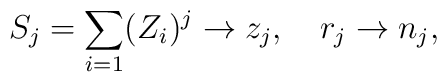
S_j= \sum _{i=1} (Z_i)^j \rightarrow z_j ,~~~r_j  \rightarrow n_j,